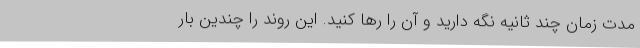
مدت زمان چند ثانیه نگه دارید و آن را رها کنید. این روند را چندین بار